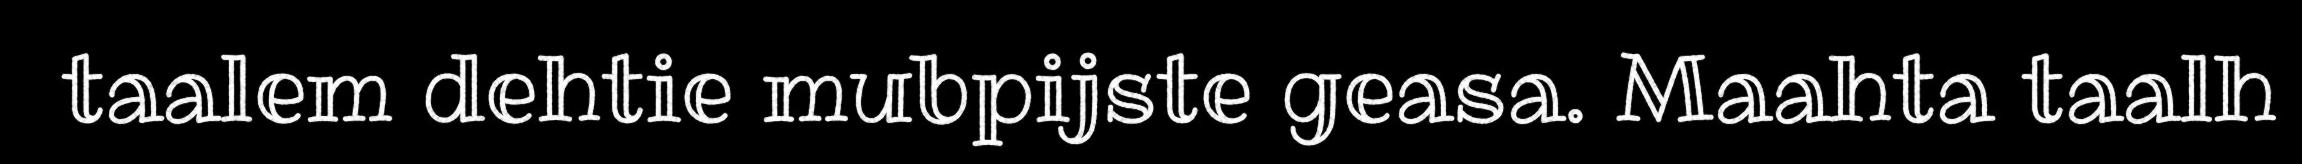
taalem dehtie mubpijste geasa. Maahta taalh